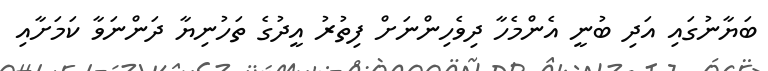
ބަޔާނުގައި އަދި ބުނީ އެންމެހާ ދިވެހިންނަށް ފިތުރު އީދުގެ ތަހުނިޔާ ދަންނަވާ ކަމަށާއި